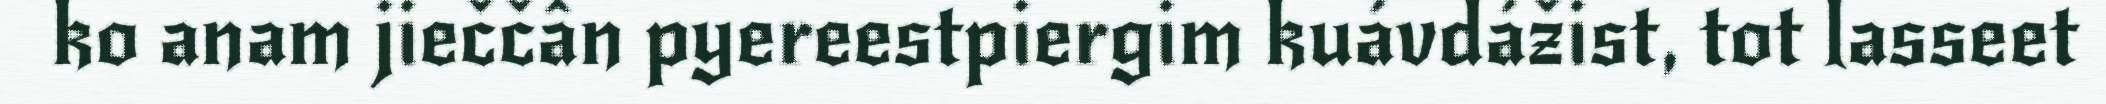
ko anam jieččân pyereestpiergim kuávdážist, tot lasseet